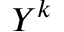
Y ^ { k }